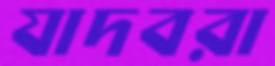
যাদবরা